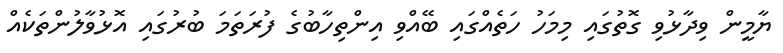
ޔާމީން ވިދާޅުވި ގޮތުގައި މިމަހު ހަތެއްގައި ބޭއްވި އިންތިހާބުގެ ފުރަތަމަ ބުރުގައި އޮޅުވާލުންތަކެއް